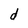
Character: d